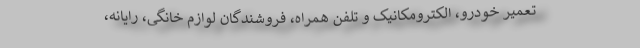
تعمیر خودرو، الکترومکانیک و تلفن همراه، فروشندگان لوازم خانگی، رایانه،